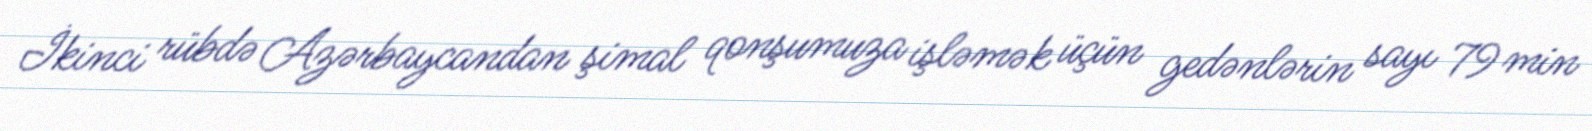
İkinci rübdə Azərbaycandan şimal qonşumuza işləmək üçün gedənlərin sayı 79 min